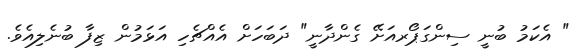
" އެކަމު ބުނީ ސިންގަޕޯރއަށޭ ގެންދާނީ" ދަބަހަށް އެއްޗެހި އަޅަމުން ޒިފާ ބުނެލިއެވެ.